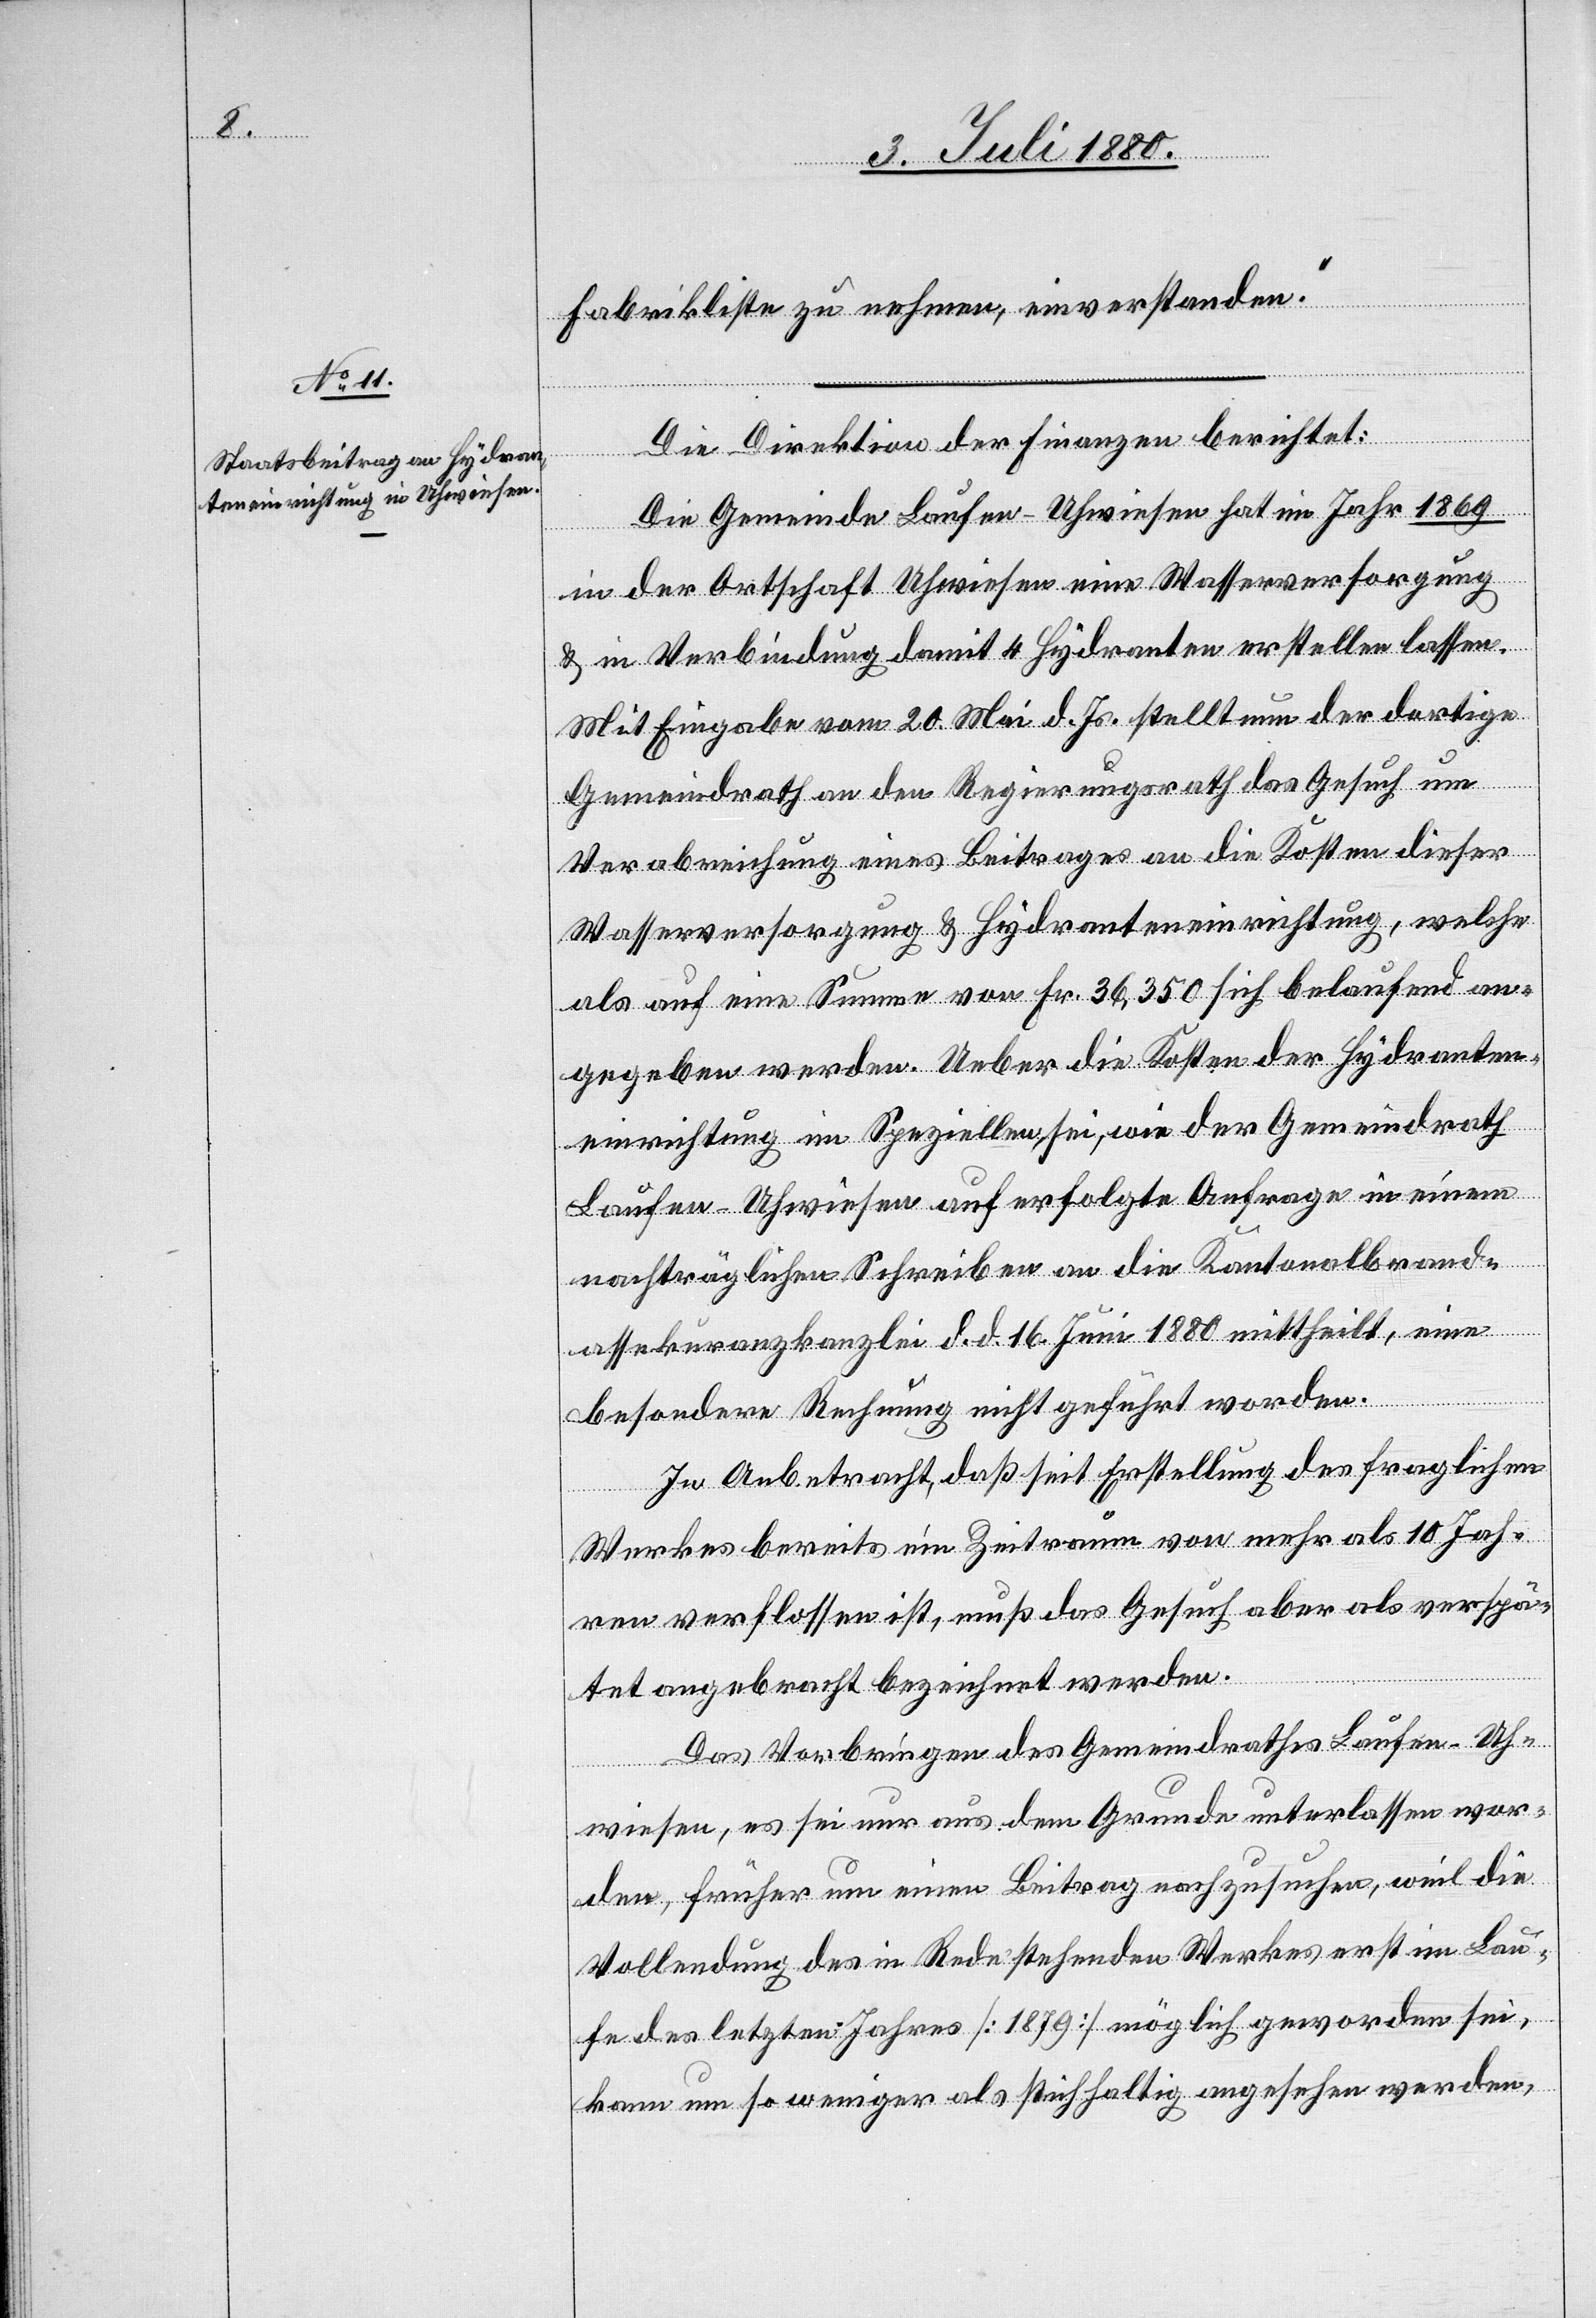
Fabrikliste zu nehmen, einverstanden.“